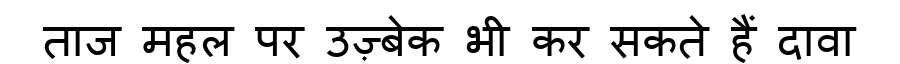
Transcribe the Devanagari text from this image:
ताज महल पर उज़्बेक भी कर सकते हैं दावा